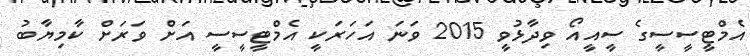
އެމްޓީސީސީގެ ސީއީއޯ ވިދާޅުވީ 2015 ވަނަ އަހަރަކީ އެމްޓީސީސީ އަށް ވަރަށް ކާމިޔާބު